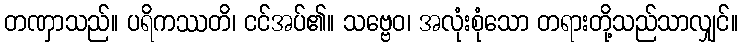
တဏှာသည်။ ပရိကဿတိ၊ ငင်အပ်၏။ သဗ္ဗေဝ၊ အလုံးစုံသော တရားတို့သည်သာလျှင်။